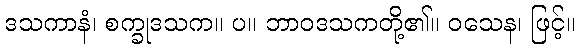
ဒသကာနံ၊ စက္ခုဒသက။ ပ။ ဘာဝဒသကတို့၏။ ဝသေန၊ ဖြင့်။